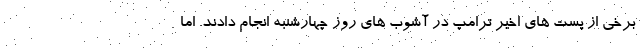
برخی از پست های اخیر ترامپ در آشوب های روز چهارشنبه انجام دادند. اما